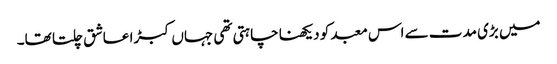
میں بڑی مدت سے اس معبد کو دیکھنا چاہتی تھی جہاں کبڑا عاشق چلتا تھا۔